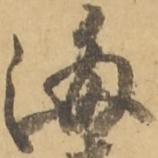
海